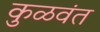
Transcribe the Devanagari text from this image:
कुळवंत